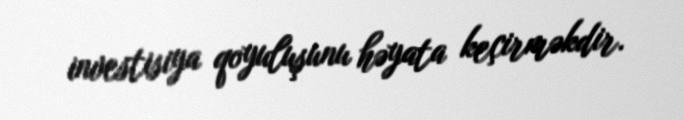
investisiya qoyuluşunu həyata keçirməkdir.